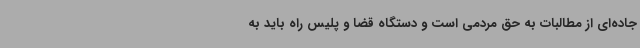
جاده‌ای از مطالبات به حق مردمی است و دستگاه قضا و پلیس راه باید به